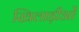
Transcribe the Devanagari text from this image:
खिलाड़ीओं